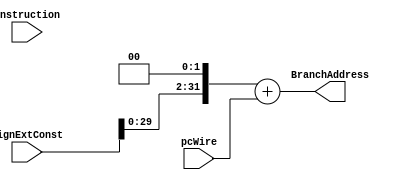
`timescale 1ns / 1ps


module BranchCalculator(
    output [31:0] BranchAddress,
    input [31:0] SignExtConst,
	 input [31:0] Instruction,
	 input [31:0] pcWire
    );


	 reg[31:0] tempBranchAddr;

	 always@(*)
	 begin

		  tempBranchAddr = (SignExtConst << 2);
        tempBranchAddr = tempBranchAddr + pcWire;

	 end


	 assign BranchAddress = tempBranchAddr;


endmodule